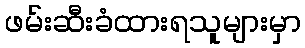
ဖမ်းဆီးခံထားရသူများမှာ